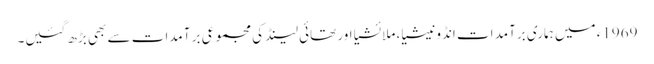
1969ء میں ہماری برآمد ات انڈونیشیا، ملائشیا اور تھائی لینڈ کی مجموعی بر آمدات سے بھی بڑھ گئیں۔